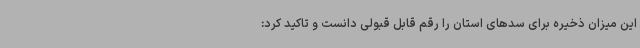
این میزان ذخیره برای سدهای استان را رقم قابل قبولی دانست و تاکید کرد: